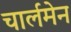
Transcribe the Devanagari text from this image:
चार्लमेन